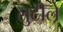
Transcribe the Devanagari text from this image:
लुटीले